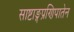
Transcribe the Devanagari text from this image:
साष्टाङ्गप्रणिपातेन